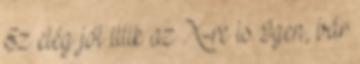
Ez elég jól illik az X-re is. Igen, bár